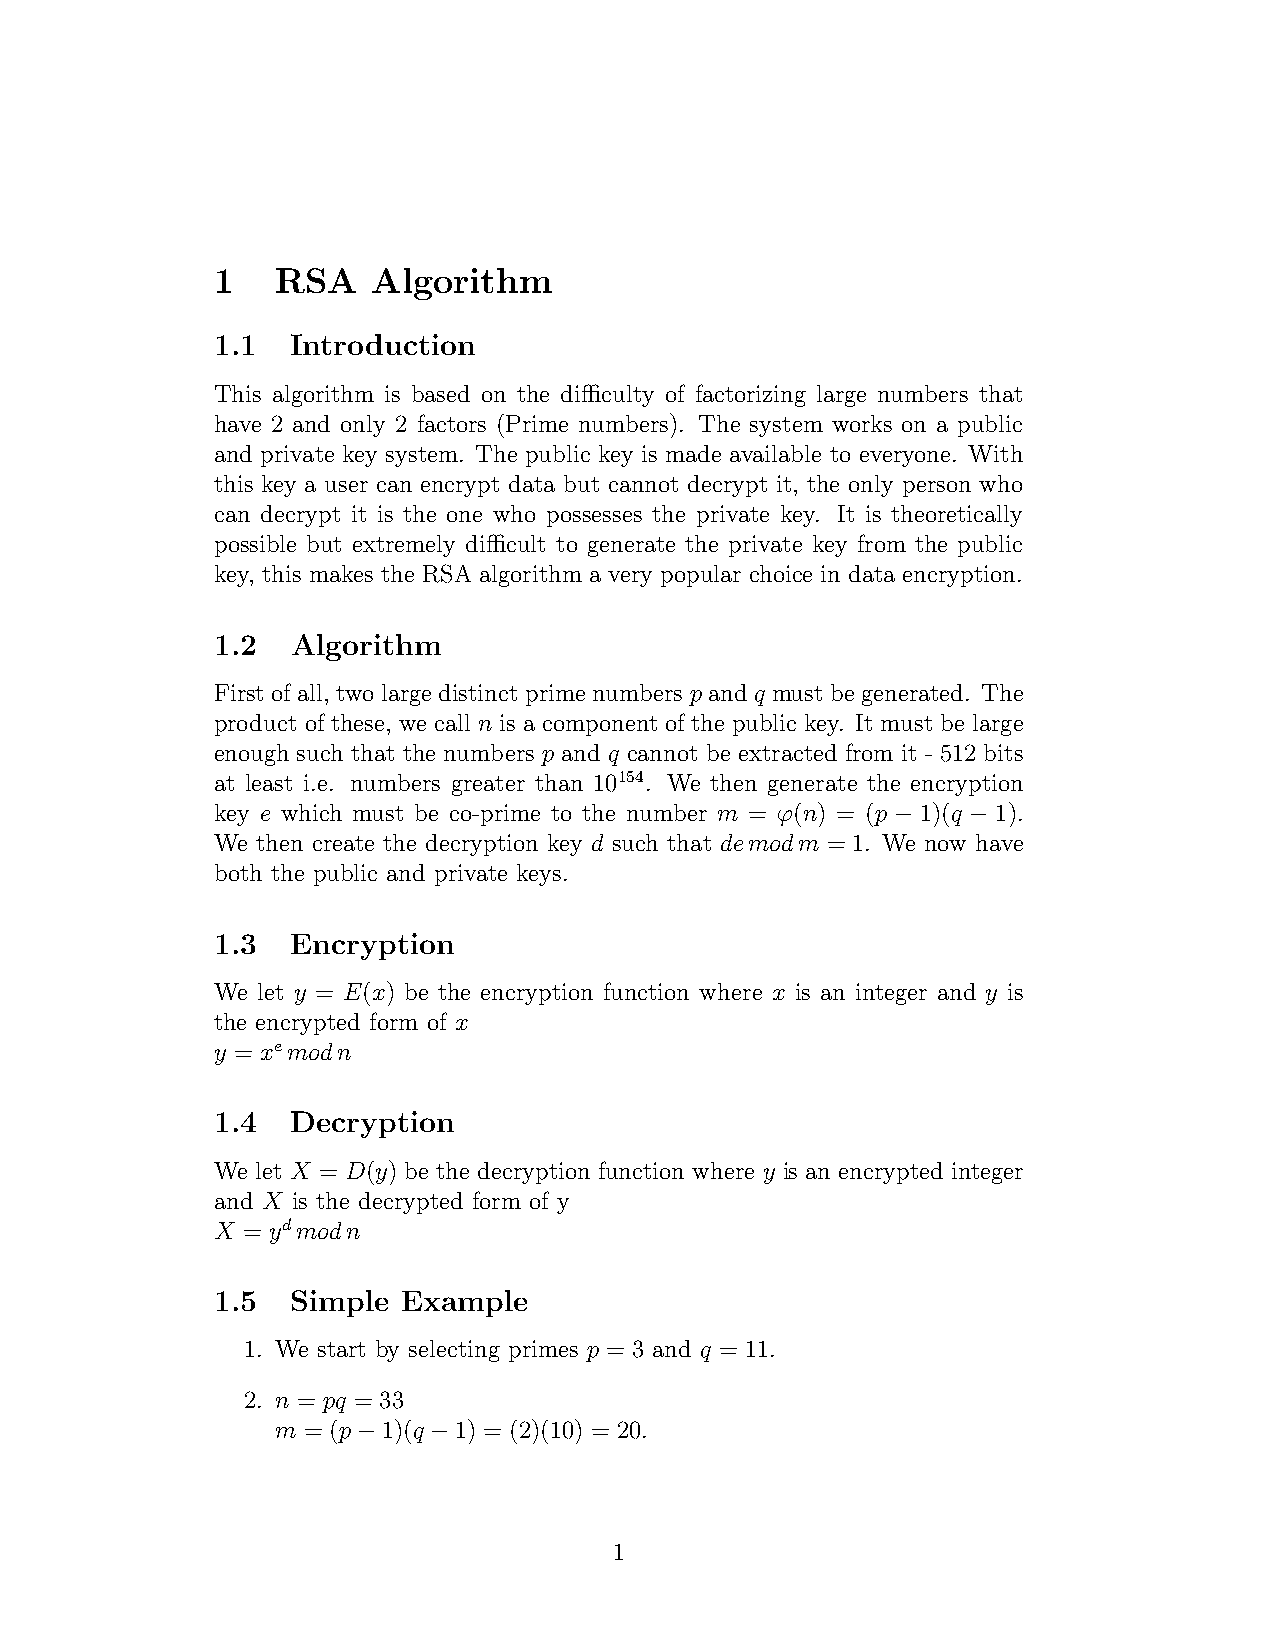
1   RSA    Algorithm
 1.1  Introduction
 This algorithm is based on the difficulty of factorizing large numbers that
 have 2 and only 2 factors (Prime numbers). The system works on a public
 and private key system. The public key is made available to everyone. With
 this key a user can encrypt data but cannot decrypt it, the only person who
 can decrypt it is the one who possesses the private key. It is theoretically
 possible but extremely difficult to generate the private key from the public
 key, this makes the RSA algorithm a very popular choice in data encryption.
 1.2  Algorithm
 First of all, two large distinct prime numbers p and q must be generated. The
 product of these, we call n is a component of the public key. It must be large
 enough such that the numbers p and q cannot be extracted from it - 512 bits
 at least i.e. numbers greater than 10154. We then generate the encryption
 key e which must be co-prime to the number m = ϕ(n) = (p − 1)(q − 1).
 We then create the decryption key d such that demodm = 1. We now have
 both the public and private keys.
 1.3  Encryption
 We let y = E(x) be the encryption function where x is an integer and y is
 the encrypted form of x
 y = xemodn
 1.4  Decryption
 We let X = D(y) be the decryption function where y is an encrypted integer
 and X is the decrypted form of y
 X = ydmodn
 1.5  Simple  Example
 1. We start by selecting primes p = 3 and q = 11.
 2. n = pq = 33
 m = (p−1)(q −1) = (2)(10) = 20.
 1